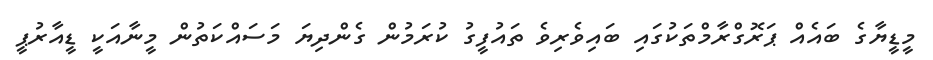
މީޑީޔާގެ ބައެއް ޕަރޮގްރާމްތަކުގައި ބައިވެރިވެ ތައުފީގު ކުރަމުން ގެންދިޔަ މަސައްކަތުން މީނާއަކީ ޑީއާރުޕީ